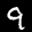
Label: 9